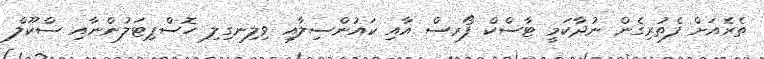
ތެރެއަށް ފެތުރިގެން ނުދާކަމީ ޓާސްކް ފޯރސް އާއި ކައުންސިލާއި ވިލިނގިލި ހޮސްޕިޓަލުންނާއި ސްކޫލް